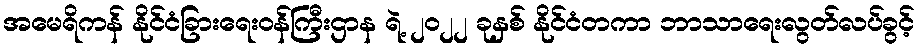
အမေရိကန် နိုင်ငံခြားရေးဝန်ကြီးဌာန ရဲ့ ၂၀၂၂ ခုနှစ် နိုင်ငံတကာ ဘာသာရေးလွတ်လပ်ခွင့်